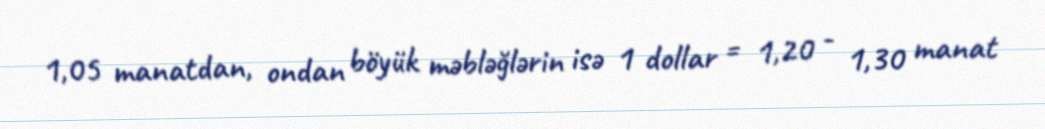
1,05 manatdan, ondan böyük məbləğlərin isə 1 dollar = 1,20 - 1,30 manat